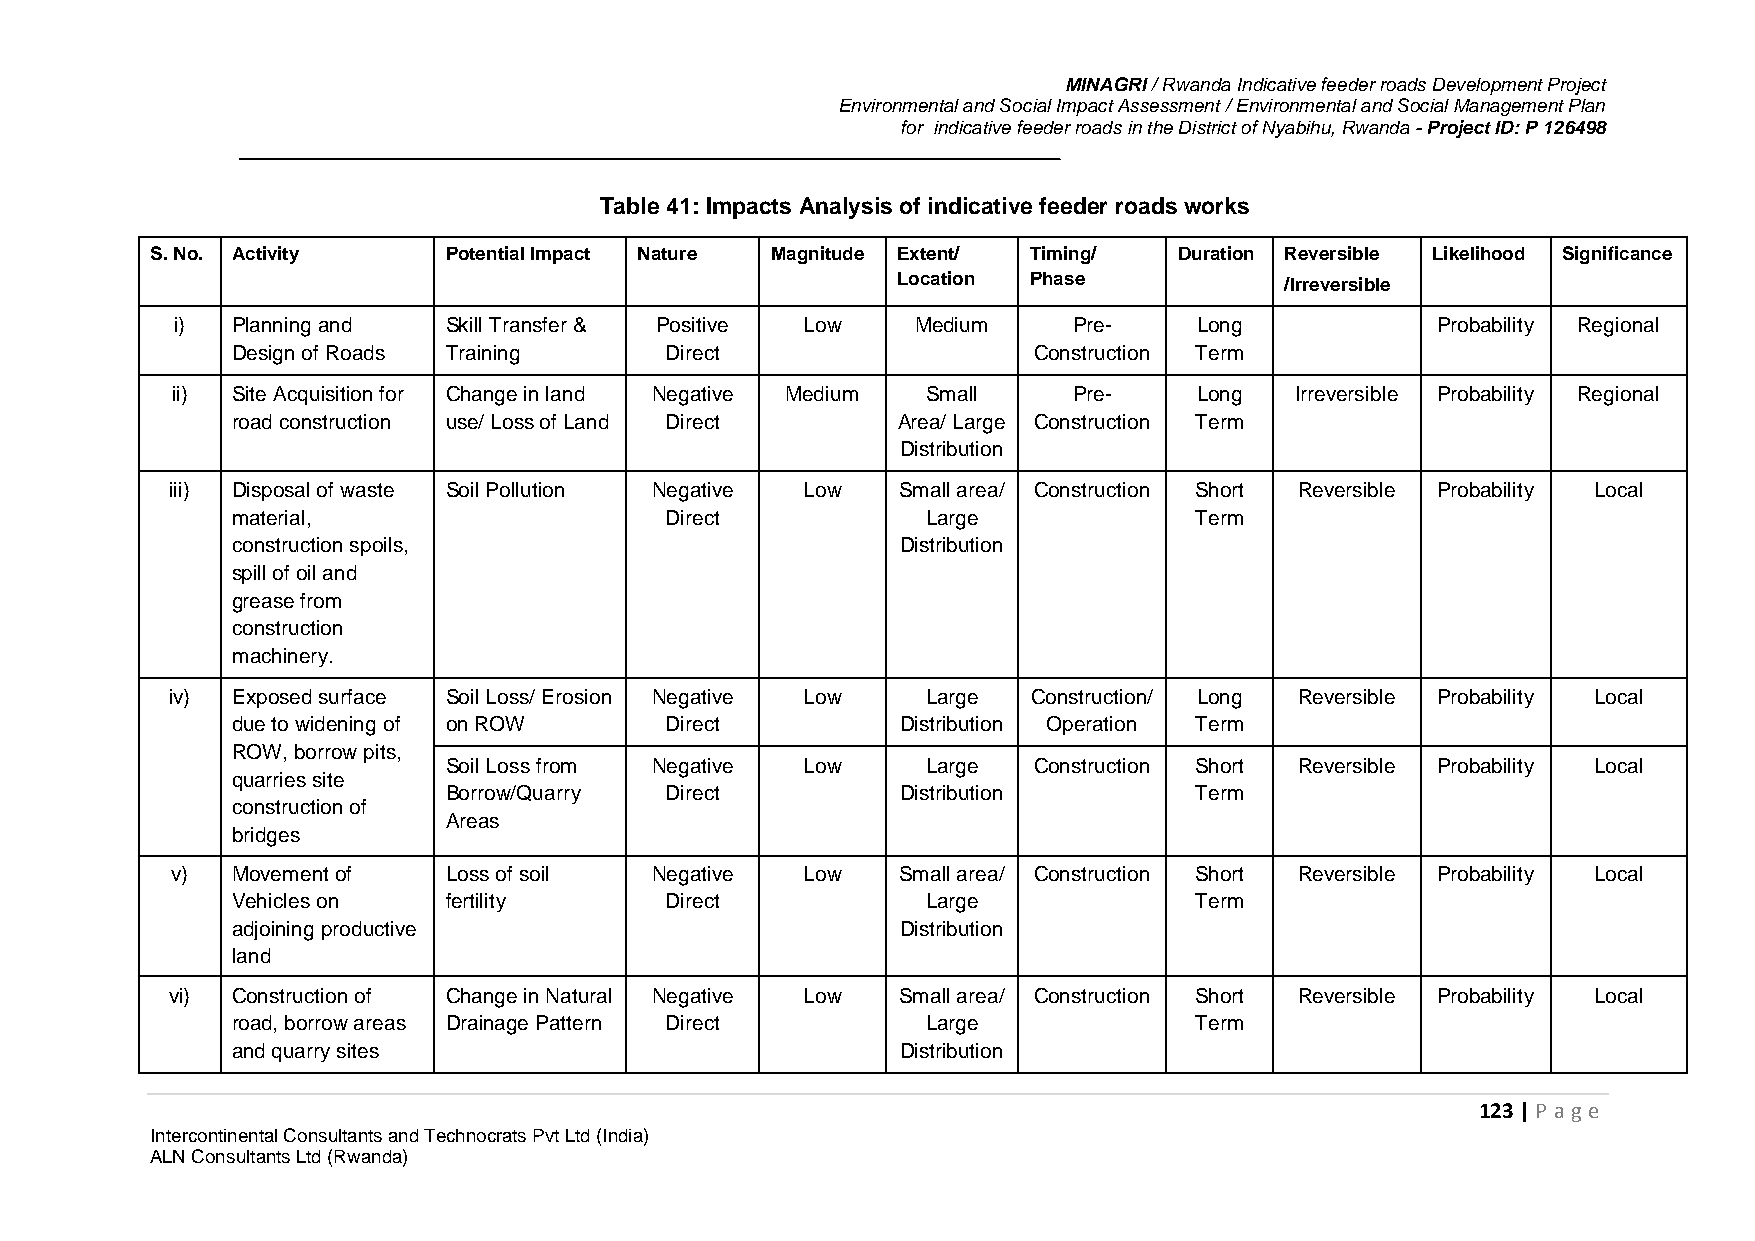
MINAGRI / Rwanda Indicative feeder roads Development Project
 Environmental and Social Impact Assessment / Environmental and Social Management Plan
 for indicative feeder roads in the District of Nyabihu, Rwanda - Project ID: P 126498
 Table 41: Impacts Analysis of indicative feeder roads works
 S. No. Activity    Potential Impact Nature Magnitude Extent/ Timing/ Duration Reversible Likelihood Significance
 Location Phase            /Irreversible
 i) Planning and  Skill Transfer & Positive Low   Medium    Pre-    Long            Probability Regional
 Design of Roads Training     Direct                  Construction Term
 ii) Site Acquisition for Change in land Negative Medium Small Pre-  Long   Irreversible Probability Regional
 road construction use/ Loss of Land Direct  Area/ Large Construction Term
 Distribution
 iii) Disposal of waste Soil Pollution Negative Low Small area/ Construction Short Reversible Probability Local
 material,                    Direct           Large             Term
 construction spoils,                         Distribution
 spill of oil and
 grease from
 construction
 machinery.
 iv) Exposed surface Soil Loss/ Erosion Negative Low Large Construction/ Long Reversible Probability Local
 due to widening of on ROW    Direct          Distribution Operation Term
 ROW, borrow pits,
 Soil Loss from Negative Low     Large  Construction Short Reversible Probability Local
 quarries site
 Borrow/Quarry  Direct          Distribution       Term
 construction of
 Areas
 bridges
 v)  Movement of   Loss of soil  Negative  Low    Small area/ Construction Short Reversible Probability Local
 Vehicles on   fertility      Direct           Large             Term
 adjoining productive                         Distribution
 land
 vi) Construction of Change in Natural Negative Low Small area/ Construction Short Reversible Probability Local
 road, borrow areas Drainage Pattern Direct    Large             Term
 and quarry sites                             Distribution
 123 | P age
 Intercontinental Consultants and Technocrats Pvt Ltd (India)
 ALN Consultants Ltd (Rwanda)